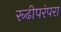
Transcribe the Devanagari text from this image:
रूढीपरंपरा